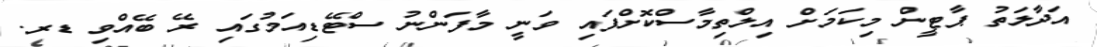
އަދާލަތު ޕާޓީން މިކަމަށް އިލްތިމާސްކޮށްފައި ވަނީ މާފަންނު ސްޓޭޑިއަމުގައި ރޭ ބޭއްވި ޑރ.